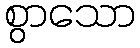
စွာသော